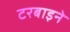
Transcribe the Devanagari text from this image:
टरबाइने